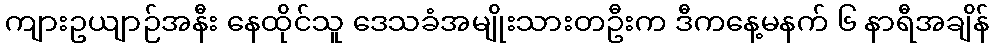
ကျားဥယျာဉ်အနီး နေထိုင်သူ ဒေသခံအမျိုးသားတဦးက ဒီကနေ့မနက် ၆ နာရီအချိန်